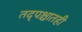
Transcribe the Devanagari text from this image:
तद्पश्चातही